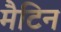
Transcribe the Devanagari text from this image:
मैटिन